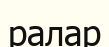
ралар